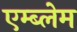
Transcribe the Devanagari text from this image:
एम्ब्लेम